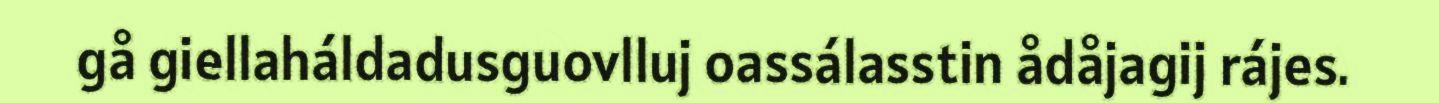
gå giellaháldadusguovlluj oassálasstin ådåjagij rájes.